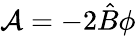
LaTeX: \mathcal{A}=-2\hat{B}\phi